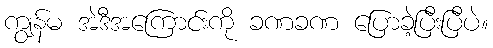
ကျွန်မ အဲဒီအကြောင်းကို ခဏခဏ ပြောခဲ့ပြီးပြီပဲ။